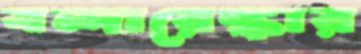
বন্দারেঙ্কার